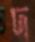
দ